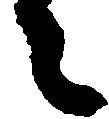
々